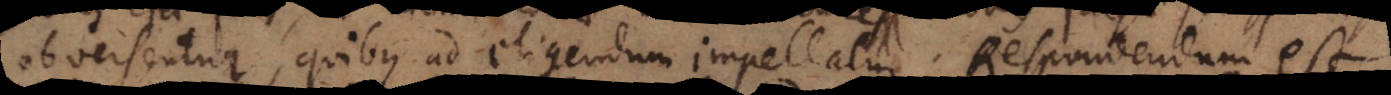
obversentur quibus ad eligendum impellatur. Respondendum est